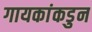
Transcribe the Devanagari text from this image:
गायकांकडुन